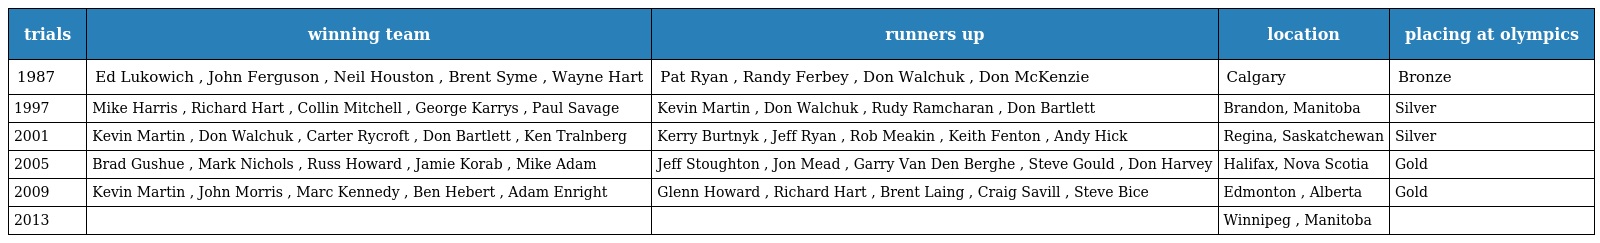
| trials | winning team | runners up | location | placing at olympics |
 | --- | --- | --- | --- | --- |
 | 1987 | Ed Lukowich , John Ferguson , Neil Houston , Brent Syme , Wayne Hart | Pat Ryan , Randy Ferbey , Don Walchuk , Don McKenzie | Calgary | Bronze |
 | 1997 | Mike Harris , Richard Hart , Collin Mitchell , George Karrys , Paul Savage | Kevin Martin , Don Walchuk , Rudy Ramcharan , Don Bartlett | Brandon, Manitoba | Silver |
 | 2001 | Kevin Martin , Don Walchuk , Carter Rycroft , Don Bartlett , Ken Tralnberg | Kerry Burtnyk , Jeff Ryan , Rob Meakin , Keith Fenton , Andy Hick | Regina, Saskatchewan | Silver |
 | 2005 | Brad Gushue , Mark Nichols , Russ Howard , Jamie Korab , Mike Adam | Jeff Stoughton , Jon Mead , Garry Van Den Berghe , Steve Gould , Don Harvey | Halifax, Nova Scotia | Gold |
 | 2009 | Kevin Martin , John Morris , Marc Kennedy , Ben Hebert , Adam Enright | Glenn Howard , Richard Hart , Brent Laing , Craig Savill , Steve Bice | Edmonton , Alberta | Gold |
 | 2013 |  |  | Winnipeg , Manitoba |  |